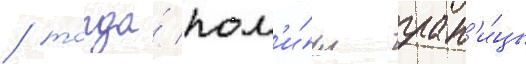
/ тогда́ пом'и́мо гран'и́цы